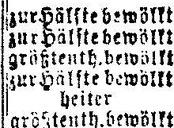
zur Hälfte bewölkt